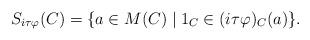
LaTeX: \begin{align*}S_{i\tau\varphi}(C) = \{a \in M(C) \mid 1_C \in (i\tau\varphi)_C(a)\}.\end{align*}